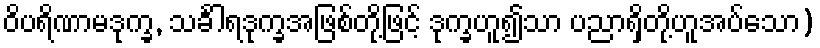
ဝိပရိဏာမဒုက္ခ, သင်္ခါရဒုက္ခအဖြစ်တို့ဖြင့် ဒုက္ခဟူ၍သာ ပညာရှိတို့ဟူအပ်သော)